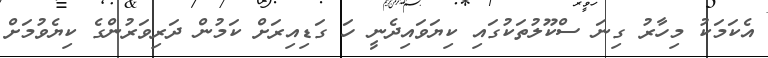
އެކަމަކު މިހާރު ގިނަ ސްކޫލުތަކުގައި ކިޔަވައިދެނީ ހަ ގަޑިއިރަށް ކަމުން ދަރިވަރުންގެ ކިޔެވުމަށް